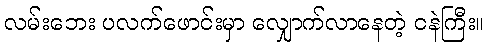
လမ်းဘေး ပလက်ဖောင်းမှာ လျှောက်လာနေတဲ့ ငနဲကြီး။